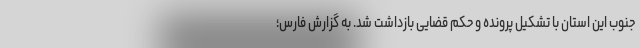
جنوب این استان با تشکیل پرونده و حکم قضایی بازداشت شد. به گزارش فارس؛